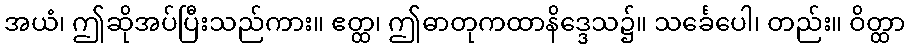
အယံ၊ ဤဆိုအပ်ပြီးသည်ကား။ ဧတ္ထ၊ ဤဓာတုကထာနိဒ္ဒေသ၌။ သင်္ခေပေါ၊ တည်း။ ဝိတ္ထာ